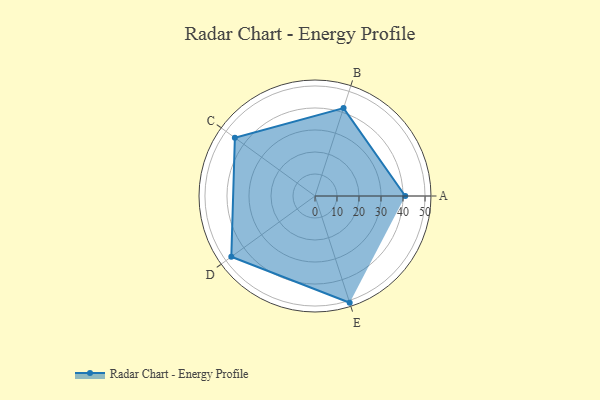
{"axis": {"x": "Skill", "y": "Score"}, "legend": ["Profile"], "data": [{"x": "A", "y": 41.0, "type": "Profile"}, {"x": "B", "y": 42.0, "type": "Profile"}, {"x": "C", "y": 45.0, "type": "Profile"}, {"x": "D", "y": 47.0, "type": "Profile"}, {"x": "E", "y": 51.0, "type": "Profile"}]}